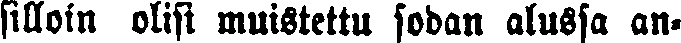
silloin olisi muistettu sodan alussa an-